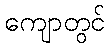
ကျောတွင်